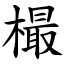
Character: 樶